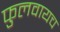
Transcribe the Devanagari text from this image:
फुलवायच